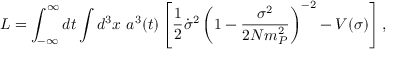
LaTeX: L = \int _ { - \infty } ^ { \infty } d t \int d ^ { 3 } x ~ a ^ { 3 } ( t ) \left[ \frac { 1 } { 2 } \dot { \sigma } ^ { 2 } \left( 1 - \frac { \sigma ^ { 2 } } { 2 N m _ { P } ^ { 2 } } \right) ^ { - 2 } - V ( \sigma ) \right] ,